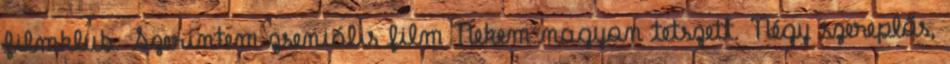
filmklub. Szerintem zseniális film Nekem nagyon tetszett. Négy szereplős,